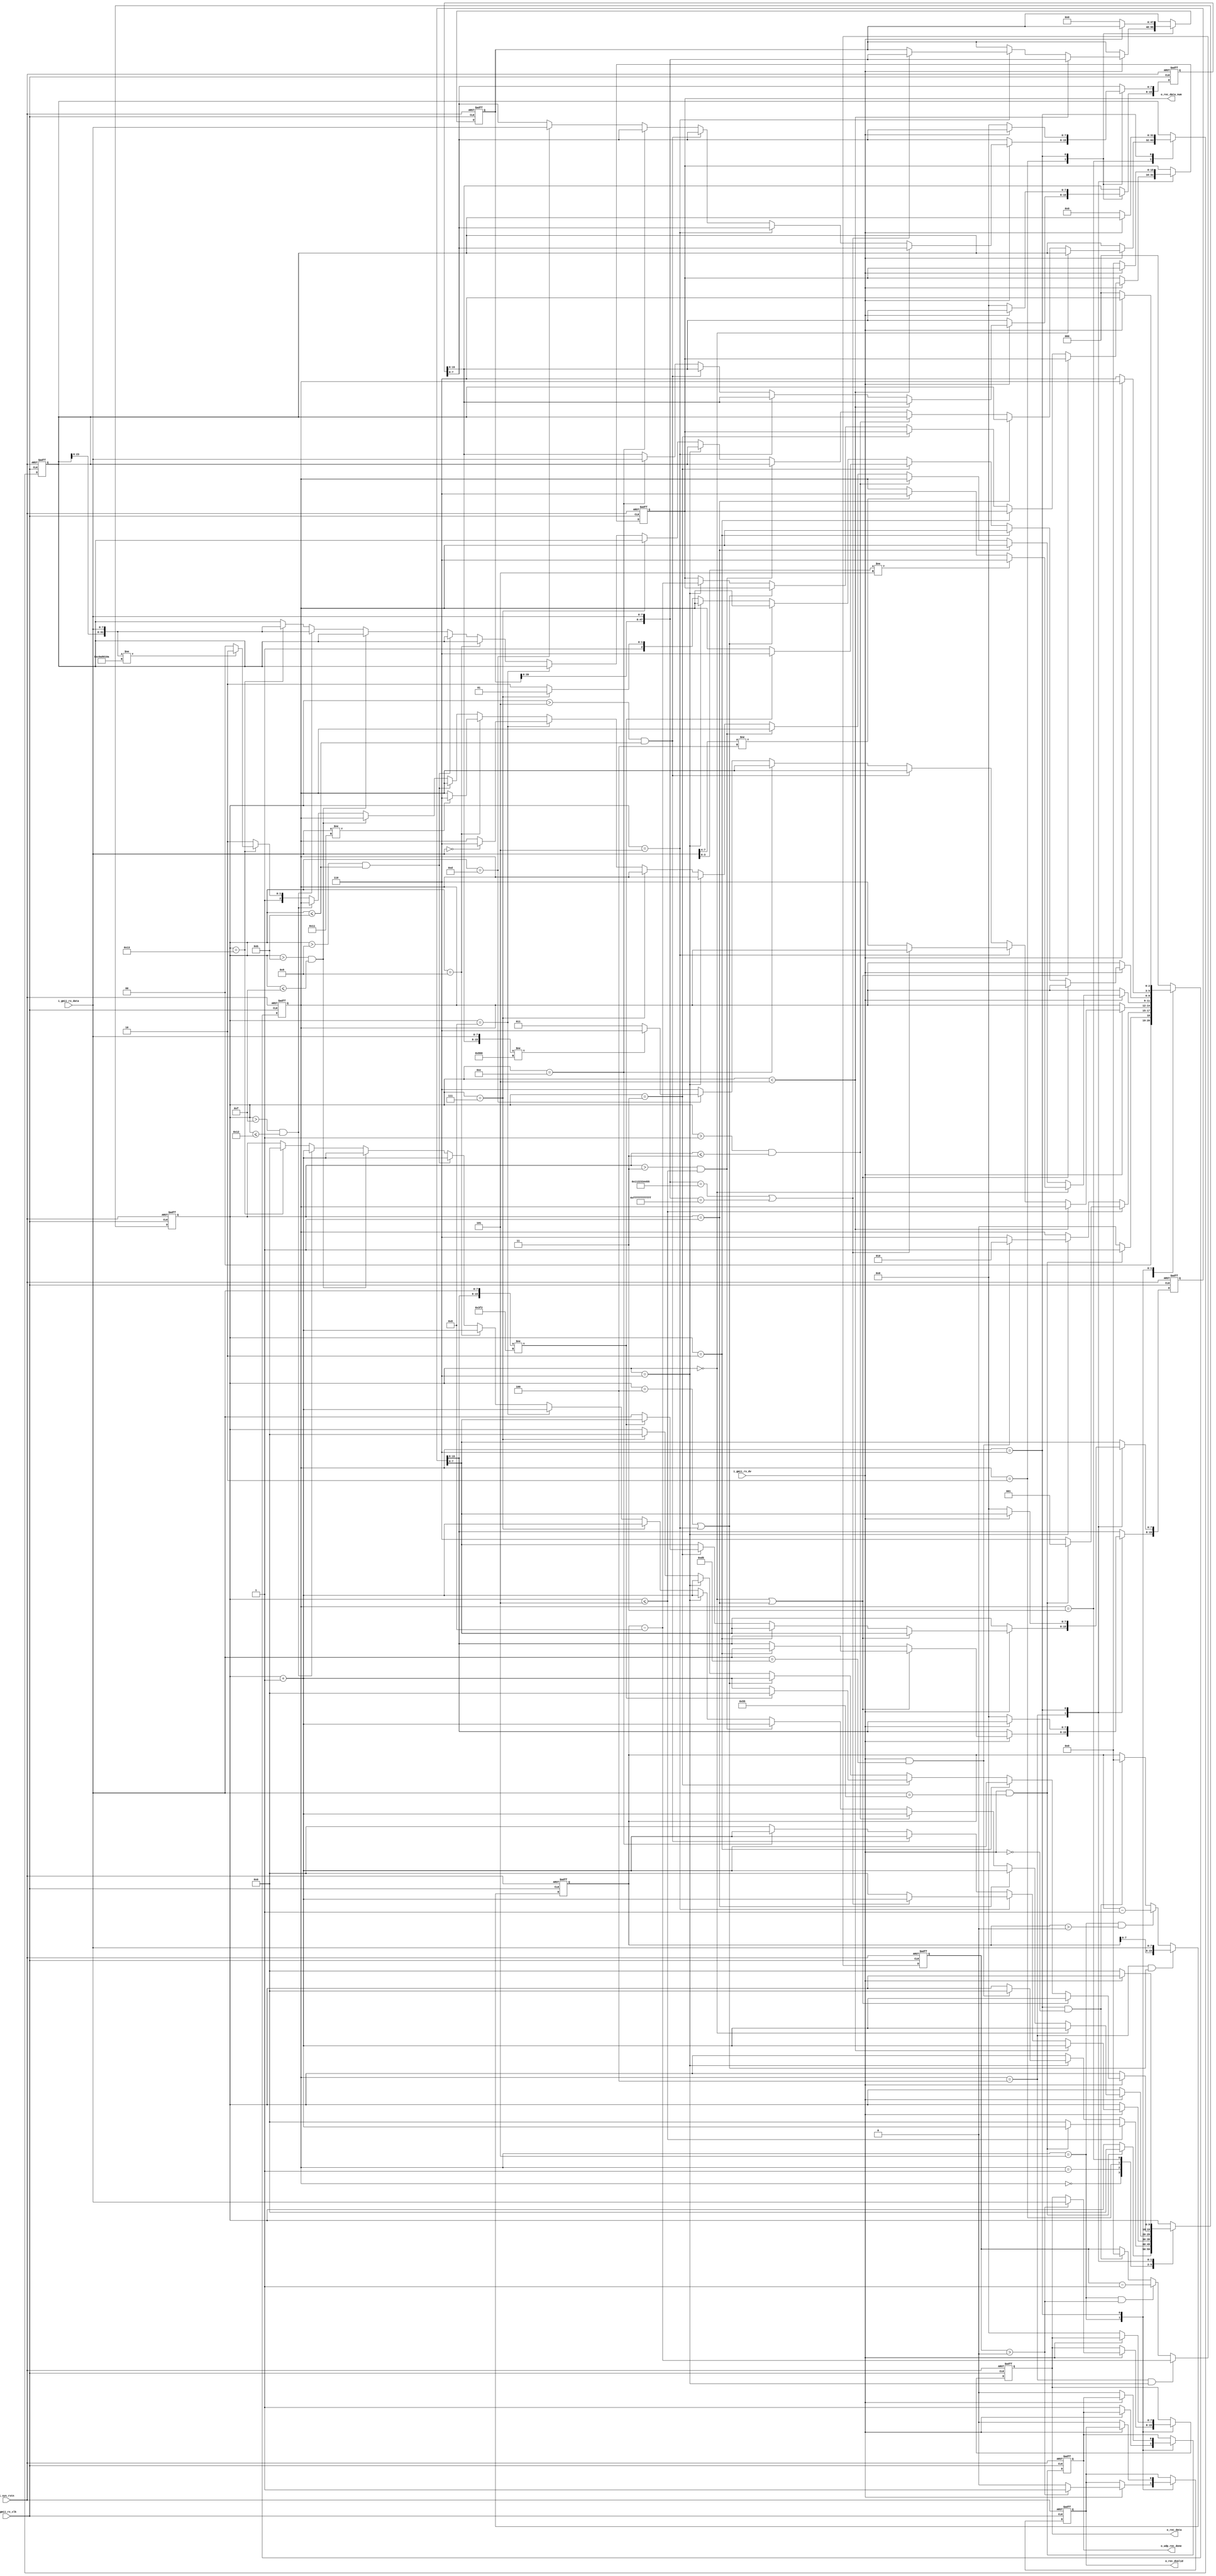
`timescale  1ns/1ns                     //1ns1ns
module  udp_rx
#(
	parameter   BOARD_MAC = 48'h001122334455,
	parameter   BOARD_IP  = {8'd192,8'd168,8'd1,8'd10},
	parameter   DES_MAC   = 48'hffffffffffff,
	parameter   DES_IP    = {8'd192,8'd168,8'd1,8'd102},
	parameter   BOARD_PORTNUM = 16'd1010
)(
    input   wire          i_sys_rstn    ,
    input   wire          i_gmii_rx_clk ,
    input   wire          i_gmii_rx_dv  ,
    input   wire  [7:0]   i_gmii_rx_data,
	output  reg           o_udp_rec_done,
	output  reg           o_rec_dvalid  ,
	output  reg   [7:0]   o_rec_data    ,
	output  reg   [15:0]  o_rec_data_num
);

reg   [ 2:0]   state            ; 
reg   [ 9:0]   r_cnt            ;
//reg            r_error          ;
reg   [47:0]   r_desmac_addr    ;
reg   [47:0]   r_srcmac_addr    ;
reg   [15:0]   r_eth_length     ;
reg   [15:0]   r_total_len      ;  
//reg   [ 7:0]   r_type_service   ;
reg   [15:0]   r_identification ;
//reg   [ 3:0]   r_flags          ;
//reg   [11:0]   r_fragment_offset;
//reg   [ 7:0]   r_time2live      ;
//reg   [ 7:0]   r_protcol        ;
reg   [15:0]   r_headr_checksum ;
reg   [31:0]   r_srcip_addr     ;
reg   [31:0]   r_desip_addr     ;
reg   [15:0]   r_src_portnum    ;
reg   [15:0]   r_des_portnum    ;
reg   [15:0]   r_udp_len        ;
//reg   [15:0]   r_udp_checksum   ;
reg   [15:0]   r_data_cnt       ;
reg   [1: 0]   r_rec_sel        ;
//reg   [ 3:0]   r_fcs            ;

//---------------------------------------------
//
localparam     TYPE_IPV4      =   16'h0800;
localparam     VERSION_IPV4   =   4'b0100 ;
localparam     INF_HEAD_LEN   =   4'd5    ;
localparam     PROTCOL_UDP    =   8'd17   ;

//
localparam     ST_IDLE        =   3'd0;
localparam     ST_PREA        =   3'd1;
localparam     ST_ETH_HEAD    =   3'd2;
localparam     ST_IP_HEAD     =   3'd3;
localparam     ST_UDP_HEAD    =   3'd4;
localparam     ST_UDP_DATA    =   3'd5;
localparam     ST_RX_DONE     =   3'd6;

always@(posedge i_gmii_rx_clk or negedge i_sys_rstn)begin 
    if(!i_sys_rstn)begin 
	    state            <= ST_IDLE ;
		r_cnt            <= 'd0     ;
        //r_error          <= 'd0     ;
        r_desmac_addr    <= 'd0     ;
        r_srcmac_addr    <= 'd0     ;
        r_eth_length     <= 'd0     ;
        //r_total_len      <= 'd0     ;
        //r_type_service   <= 'd0     ;
        r_identification <= 'd0     ;
        //r_flags          <= 'd0     ;
        //r_fragment_offset<= 'd0     ;
        //r_time2live      <= 'd0     ;
        //r_protcol        <= 'd0     ;
        r_headr_checksum <= 'd0     ;
        r_srcip_addr     <= 'd0     ;
        r_desip_addr     <= 'd0     ;
        r_src_portnum    <= 'd0     ;
        r_des_portnum    <= 'd0     ;
        //r_udp_checksum   <= 'd0     ;
		o_udp_rec_done   <= 'd0     ;
		o_rec_dvalid     <= 'd0     ;
		o_rec_data       <= 'd0     ;
		o_rec_data_num   <= 'd0     ;
	end 
	else begin 
	    //r_error <= 1'b0 ;
	    case (state) 
		ST_IDLE: begin 
		    if(i_gmii_rx_dv&&i_gmii_rx_data==8'h55)begin 
			    state <= ST_PREA ;
				r_cnt <= 'd0     ;
            end 
            else begin  
			    state <= ST_IDLE ;
            end 
		end  
		ST_PREA: begin 
		    if(r_cnt <= 10'd5)begin 
		        if(i_gmii_rx_dv && i_gmii_rx_data == 8'h55)begin
				    state <= ST_PREA ;
					r_cnt <= r_cnt + 10'd1;
                end 				 
				else begin 
				    state <= ST_RX_DONE ;
					r_cnt <= 'd0;
					//r_error <= 1'b1     ;
				end 
		    end 
			else if (r_cnt == 10'd6) begin 
			    if(i_gmii_rx_dv && i_gmii_rx_data == 8'hd5)begin 
				    state <= ST_ETH_HEAD ;
					r_cnt <= 'd0;
				end 
				else begin 
				    state <= ST_RX_DONE ;
					//r_error <= 1'b1 ;
				end 
			end 
		end 
		ST_ETH_HEAD: begin 
		    if(i_gmii_rx_dv)begin 
		        if(r_cnt<10'd5)begin 
			        r_desmac_addr <= {r_desmac_addr[39:0],i_gmii_rx_data};
			    	r_cnt <= r_cnt + 10'd1 ;
			    end 
			    else if(r_cnt == 10'd5)begin 
			    	if(({r_desmac_addr[39:0],i_gmii_rx_data}==BOARD_MAC)||({r_desmac_addr[39:0],i_gmii_rx_data}==48'hffff_ffff_ffff))begin 
			            r_cnt <= r_cnt + 10'd1 ;
			            r_desmac_addr <= {r_desmac_addr[39:0],i_gmii_rx_data};
			    	end 
                    else begin
			    	    state <= ST_RX_DONE ;
			    		r_cnt <= 'd0;
                    end
			    end 
			    else if (r_cnt > 10'd5 && r_cnt <= 10'd11)begin 
			        r_cnt <= r_cnt + 10'd1 ;
			    	r_srcmac_addr <= {r_srcmac_addr[39:0],i_gmii_rx_data};
			    end 
                else if (r_cnt == 10'd12) begin
                    r_eth_length[15:8] <= i_gmii_rx_data ;
                    r_cnt <= r_cnt + 10'd1 ;
                end 
                else if (r_cnt == 10'd13) begin
                    r_eth_length[7:0] <= i_gmii_rx_data ;
                    if ({r_eth_length[15:8],i_gmii_rx_data} != 16'h0800) begin
                        state <= ST_RX_DONE ;
                        r_cnt <= 'd0;
                    end 
                    else begin
                        state <= ST_IP_HEAD ;
                        r_cnt <= 'd0;
                    end
                end
			    else begin 
			        state <= ST_RX_DONE ;
			    	//r_error <= 1'b1 ;
                    r_cnt <= 'd0;
			    end 
		    end 
		end 
		ST_IP_HEAD: begin 
		    if(i_gmii_rx_dv)begin 
		        if(r_cnt == 10'd0)begin 
			        r_cnt <= r_cnt + 10'd1 ; 
			        if(i_gmii_rx_data[7:4]!=VERSION_IPV4)begin 
			    	    state <= ST_RX_DONE ;
			    		//r_error <= 1'b1 ;
			    	end 
			    	if(i_gmii_rx_data[3:0]!=INF_HEAD_LEN)begin 
			    	    state <= ST_RX_DONE;
			    		//r_error <= 1'b1 ;
			    	end 
			    end 
			    else if(r_cnt == 10'd1)begin 
			        r_cnt <= r_cnt + 10'd1 ;
			    	//r_type_service <= i_gmii_rx_data;
			    end 
			    else if(r_cnt > 10'd1 && r_cnt <= 10'd3)begin 
			        r_cnt <= r_cnt + 10'd1 ;
			        //r_total_len <= {//r_total_len[7:0],i_gmii_rx_data};
			    end 
			    else if(r_cnt > 10'd3 && r_cnt <= 10'd5)begin 
                    r_cnt <= r_cnt + 10'd1 ;
			    	r_identification <= {r_identification[7:0],i_gmii_rx_data};
                end
                else if(r_cnt == 10'd6)begin 
                    r_cnt <= r_cnt + 10'd1 ;
			    	//r_flags <= i_gmii_rx_data[7:4];
			    	//r_fragment_offset[11:8] <= i_gmii_rx_data[3:0]; 
                end  	
                else if(r_cnt == 10'd7)begin 
                    r_cnt <= r_cnt + 10'd1 ;
			    	//r_fragment_offset[7:0] <= i_gmii_rx_data;
                end  
                else if(r_cnt == 10'd8)begin 
                    r_cnt <= r_cnt + 10'd1 ;
			    	//r_time2live <= i_gmii_rx_data ;
			    	if(i_gmii_rx_data == 0)begin 
			    	    state <= ST_RX_DONE ;
			    		//r_error <= 1'b1 ;
			    	end 
                end  
                else if(r_cnt == 10'd9)begin 
                    r_cnt <= r_cnt + 10'd1 ;
			    	//r_protcol <= i_gmii_rx_data;
			    	if(i_gmii_rx_data != PROTCOL_UDP) begin 
			    	    state <= ST_RX_DONE ;
			    		//r_error <= 1'b1 ;
			    	end 
                end  
                else if(r_cnt > 10'd9 && r_cnt <= 10'd11 )begin 
			        r_cnt <= r_cnt + 10'd1 ;
                    r_headr_checksum <= {r_headr_checksum[7:0],i_gmii_rx_data};
                end  
                else if(r_cnt > 10'd11 && r_cnt <= 10'd15 )begin
                    r_cnt <= r_cnt + 10'd1 ;				
                    r_srcip_addr <= {r_srcip_addr[23:0],i_gmii_rx_data};
                end 
                else if(r_cnt > 10'd15 && r_cnt <= 10'd18 )begin 
                    r_cnt <= r_cnt + 10'd1 ;
			    	r_desip_addr <= {r_desip_addr[23:0],i_gmii_rx_data};
                end 
			    else if(r_cnt == 10'd19)begin 
			        r_cnt <= 10'd0;
			    	r_desip_addr <= {r_desip_addr[23:0],i_gmii_rx_data};
			        if({r_desip_addr[23:0],i_gmii_rx_data}!=BOARD_IP)begin 
			    	    state <= ST_RX_DONE ;
			    	    //r_error <= 1'b1 ;
			    	end 
			    	else begin 
			    	    state <= ST_UDP_HEAD ;
			    	end 
			    end 
			    else begin 
			        state <= ST_RX_DONE ;
			    	//r_error <= 1'b1 ;
			    end 
			end 
		end  
		ST_UDP_HEAD: begin 
			if(i_gmii_rx_dv)begin 
		        if(r_cnt == 10'd0 || r_cnt == 10'd1)begin 
			        r_cnt <= r_cnt + 10'd1 ;
			    	r_src_portnum<={r_src_portnum[7:0], i_gmii_rx_data };
			    end 
			    else if (r_cnt == 10'd2)begin 
			    	r_cnt <= r_cnt + 10'd1 ;
			        r_des_portnum[15:8] <= i_gmii_rx_data ;
                end 
                else if (r_cnt == 10'd3) begin
                    if ({r_des_portnum[15:8],i_gmii_rx_data}!= BOARD_PORTNUM) begin
                        r_cnt <= 'd0;
                        state <= ST_RX_DONE ;
                        //r_error <= 1'b1 ;
                    end 
                    else begin
                        r_des_portnum[7:0] <= i_gmii_rx_data ;
                        r_cnt <= r_cnt + 10'd1 ;
                    end
			    end 
			    else if (r_cnt == 10'd4||r_cnt == 10'd5)begin 
			    	r_cnt <= r_cnt + 10'd1 ;
			    end 
			    else if (r_cnt == 10'd6)begin 
                    r_cnt <= r_cnt + 10'd1 ;
					o_rec_data_num <= r_udp_len - 10'd8;
			        //r_udp_checksum[15:8] <= i_gmii_rx_data ;
			    end 
                else if (r_cnt == 10'd7) begin
                    r_cnt <= 10'd0;
                    //r_udp_checksum[7:0] <= i_gmii_rx_data ;
                    state <= ST_UDP_DATA ;
                end
			    else begin 
			        state <= ST_RX_DONE ; 
			    	//r_error <= 1'b1 ;
			    end 
			end 
		end 
		ST_UDP_DATA: begin 
		    if(i_gmii_rx_dv)begin 
		        if(r_data_cnt>0)begin 
			        o_rec_data   <= i_gmii_rx_data     ;
			        o_rec_dvalid <= 1'b1               ;
			    end  
                else if (r_udp_len>0) begin
                    o_rec_dvalid <= 1'b0               ;
                end 
                else begin 
                    o_rec_dvalid   <= 1'b0       ;
			    end 
			end 
			else begin 
			    state          <= ST_RX_DONE ; 
				o_udp_rec_done <= 1'b1       ;
			end 
		end 
		ST_RX_DONE: begin 
            if(i_gmii_rx_dv)begin 
			    state <= ST_RX_DONE ;
			end 
			else begin 
	            state            <= ST_IDLE ;
		        r_cnt            <= 'd0     ;
                //r_error          <= 'd0     ;
                r_desmac_addr    <= 'd0     ;
                r_srcmac_addr    <= 'd0     ;
                r_eth_length     <= 'd0     ;
                //r_total_len      <= 'd0     ;
                //r_type_service   <= 'd0     ;
                r_identification <= 'd0     ;
                //r_flags          <= 'd0     ;
                //r_fragment_offset<= 'd0     ;
                //r_time2live      <= 'd0     ;
                //r_protcol        <= 'd0     ;
                r_headr_checksum <= 'd0     ;
                r_srcip_addr     <= 'd0     ;
                r_desip_addr     <= 'd0     ;
                r_src_portnum    <= 'd0     ;
                r_des_portnum    <= 'd0     ;							
                //r_udp_checksum   <= 'd0     ;							
		        o_udp_rec_done   <= 'd0     ;				
		        o_rec_dvalid     <= 'd0     ;				
		        o_rec_data       <= 'd0     ;				
		        o_rec_data_num   <= 'd0     ;				
			end 
		end  
		default: begin 
		    state <= ST_IDLE;
		end 
    endcase 
	end 
end 
	
always@(posedge i_gmii_rx_clk or negedge i_sys_rstn)begin 
    if(!i_sys_rstn)begin 
        r_udp_len <= 16'd0 ;
    end 
    else if (state == ST_UDP_HEAD && (r_cnt == 10'd4||r_cnt == 10'd5))begin 
        r_udp_len <= {r_udp_len [7:0] ,i_gmii_rx_data};
    end 
    else if (state == ST_UDP_DATA && r_udp_len > 16'd0)begin 
        r_udp_len <= r_udp_len - 16'd1;
    end
    else if (state == ST_RX_DONE && !i_gmii_rx_dv )begin 
        r_udp_len <= 16'd0 ;
    end 
    else begin
        r_udp_len <= r_udp_len ;
    end 
end     
 
always@(posedge i_gmii_rx_clk or negedge i_sys_rstn)begin 
    if(!i_sys_rstn)begin 
        r_data_cnt <= 16'd0 ;
    end 
    else if (state == ST_UDP_HEAD && r_cnt == 10'd6)begin 
        r_data_cnt <= r_udp_len - 10'd8 ;
    end 
    else if (state == ST_UDP_DATA && r_data_cnt > 16'd0) begin
        r_data_cnt <= r_data_cnt - 16'd1 ;
    end 
    else if (state == ST_RX_DONE && !i_gmii_rx_dv )begin 
        r_data_cnt <= 16'd0 ;
    end  
    else begin 
        r_data_cnt <= r_data_cnt ;
    end 
end 
endmodule